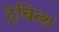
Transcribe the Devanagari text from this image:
ट्रेबित्श